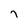
Character: 7